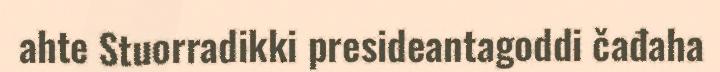
ahte Stuorradikki presideantagoddi čađaha